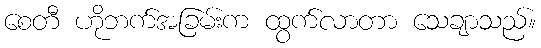
စေတီ ဟိုဘက်အခြမ်းက ထွက်လာတာ သေချာသည်။